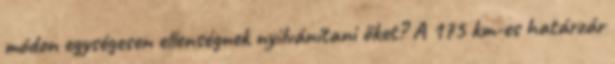
módon egységesen ellenségnek nyilvánítani őket? A 175 km-es határzár